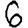
Digit: 6